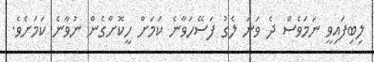
ލިބިފައިވީ ނަމަވެސް ދެ ވަނަ ލެގު ފަސޭހަވާނެ ކަމަށް ހީކޮށްގެން ނުވާނެ ކަމަށެވެ.